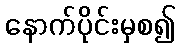
နောက်ပိုင်းမှစ၍